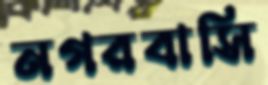
নগরবাসি